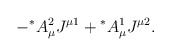
\begin{align*}-{^\ast}A_\mu^2J^{\mu 1}+{^\ast}A_\mu^1J^{\mu 2}.\end{align*}